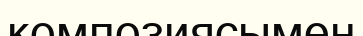
композиясымен